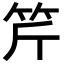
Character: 𥬊